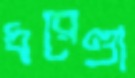
ধরেণ্ডা